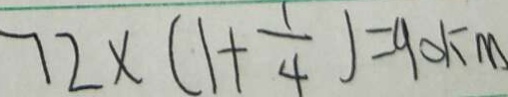
7 2 \times ( 1 + \frac { 1 } { 4 } ) = 9 0 k m